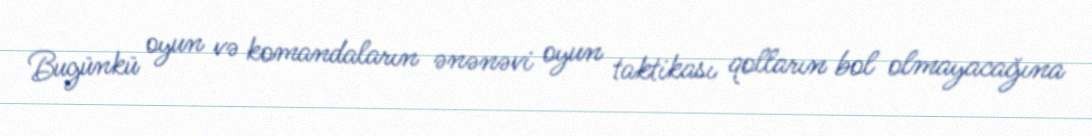
Bugünkü oyun və komandaların ənənəvi oyun taktikası qolların bol olmayacağına